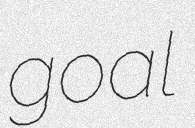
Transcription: goal